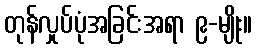
တုန်လှုပ်ပုံအခြင်းအရာ ၉-မျိုး။